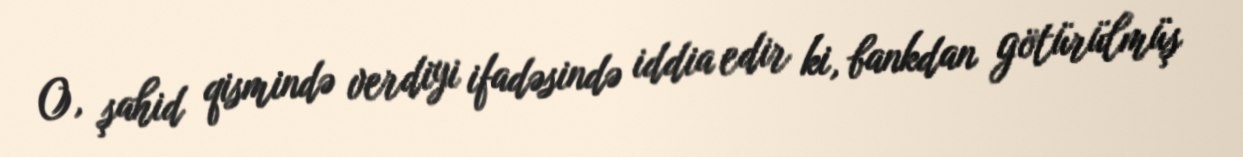
O, şahid qismində verdiyi ifadəsində iddia edir ki, bankdan götürülmüş